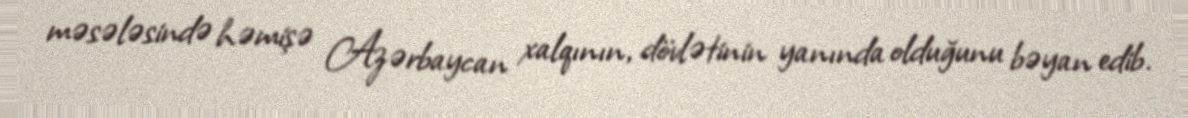
məsələsində həmişə Azərbaycan xalqının, dövlətinin yanında olduğunu bəyan edib.